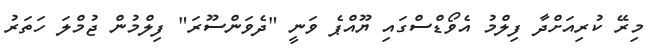
މިރޭ ކުރިއަށްދާ ފިލްމު އެވޯޑްސްގައި ޔޫއްޕެ ވަނީ "ދެވަންސޫރަ" ފިލްމުން ޖުމްލަ ހަތަރު